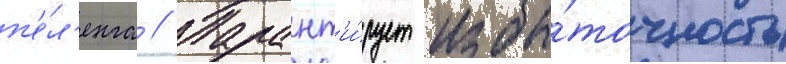
п'е́л'енга // Гарант'и́рует избы́точность